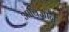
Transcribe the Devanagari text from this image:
आबिजान